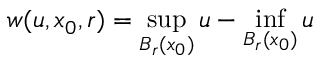
w ( u , x _ { 0 } , r ) = \operatorname* { s u p } _ { B _ { r } ( x _ { 0 } ) } u - \operatorname* { i n f } _ { B _ { r } ( x _ { 0 } ) } u